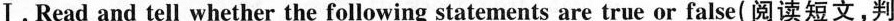
Ⅰ.Read and tell whether the following statements are true or false(阅读短文,判